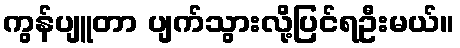
ကွန်ပျူတာ ပျက်သွားလို့ပြင်ရဦးမယ်။